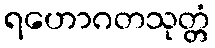
ရဟောဂတသုတ္တံ